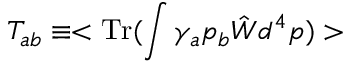
T _ { a b } \equiv < \mathrm { T r } ( \int \gamma _ { a } p _ { b } \hat { W } d ^ { 4 } p ) >